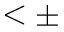
< \pm